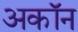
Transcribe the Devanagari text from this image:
अकॉन